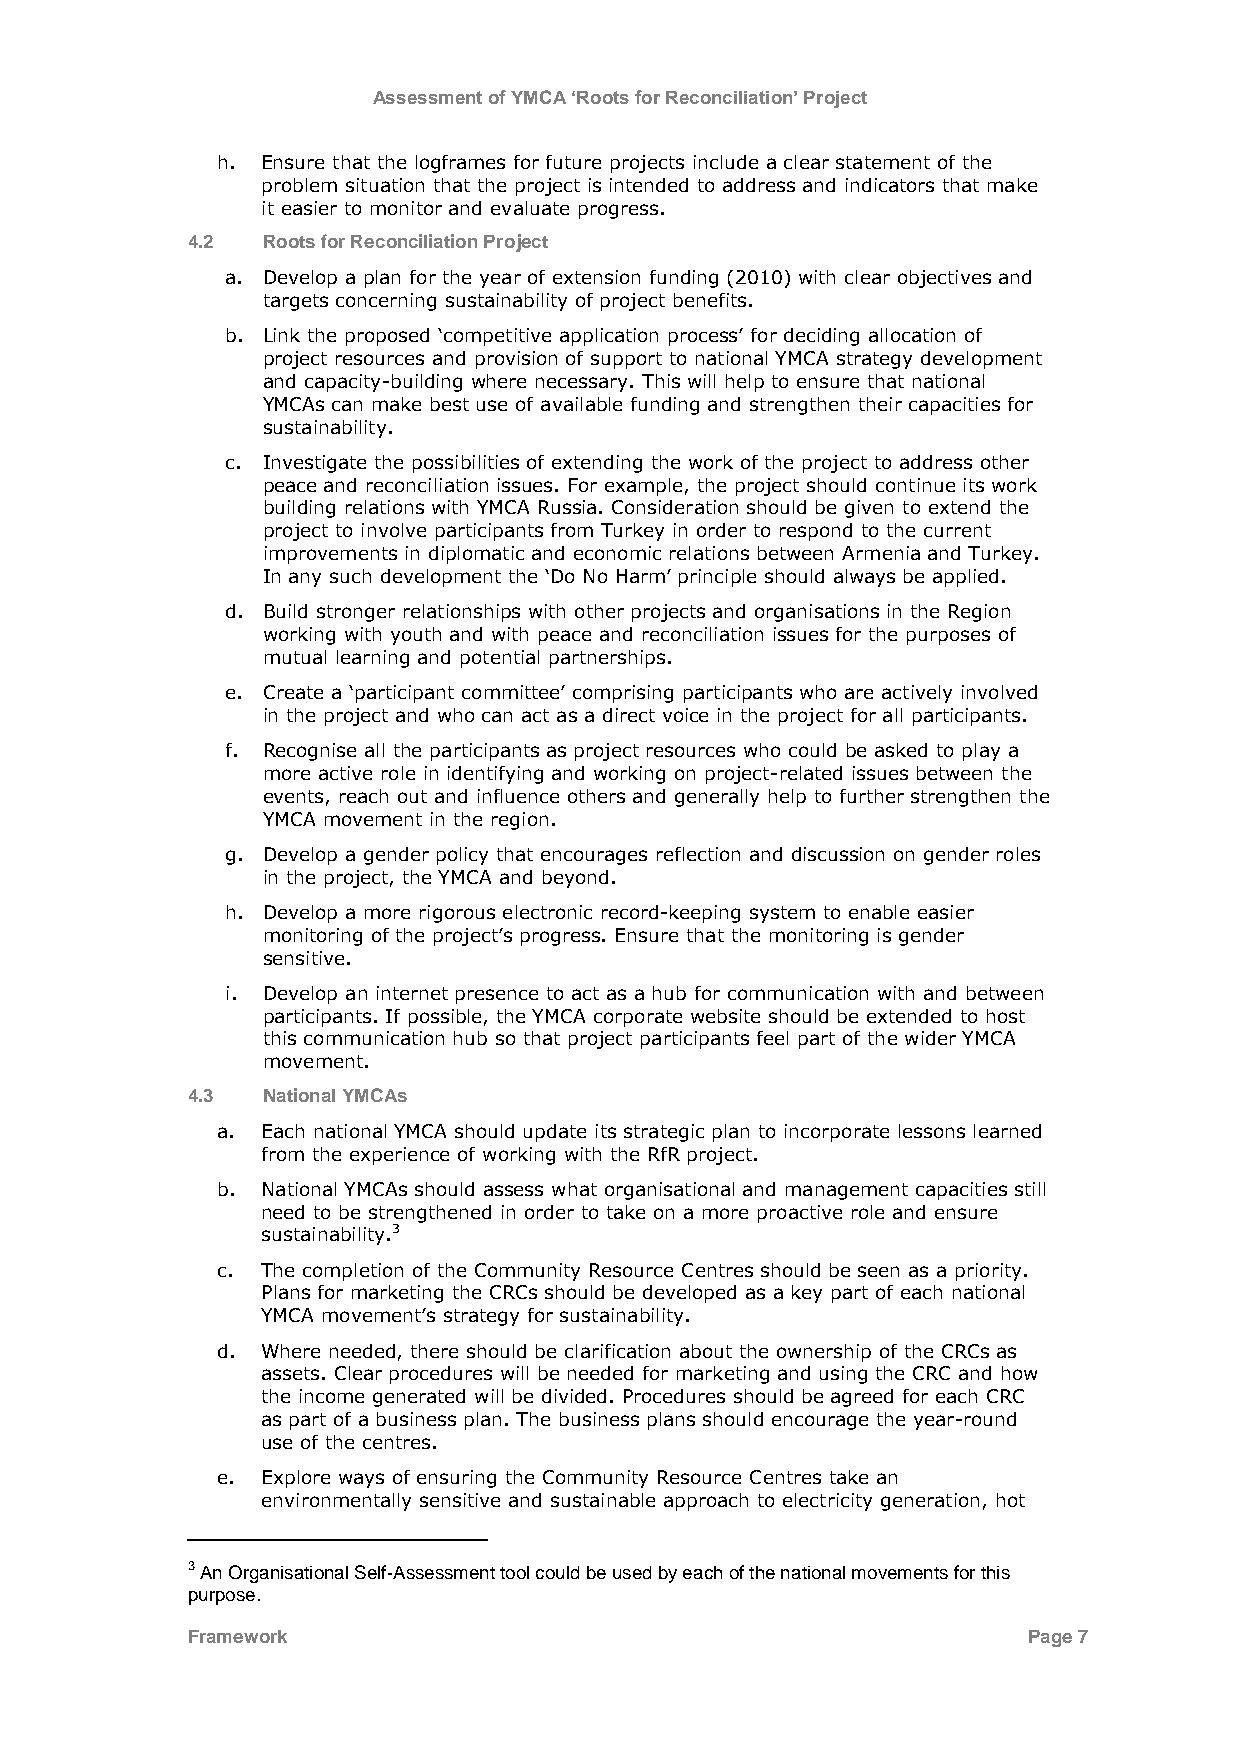
Assessment of YMCA ‘Roots for Reconciliation’ Project
 h. Ensure that the logframes for future projects include a clear statement of the
 problem situation that the project is intended to address and indicators that make
 it easier to monitor and evaluate progress.
 4.2  Roots for Reconciliation Project
 a. Develop a plan for the year of extension funding (2010) with clear objectives and
 targets concerning sustainability of project benefits.
 b. Link the proposed „competitive application process‟ for deciding allocation of
 project resources and provision of support to national YMCA strategy development
 and capacity-building where necessary. This will help to ensure that national
 YMCAs can make best use of available funding and strengthen their capacities for
 sustainability.
 c. Investigate the possibilities of extending the work of the project to address other
 peace and reconciliation issues. For example, the project should continue its work
 building relations with YMCA Russia. Consideration should be given to extend the
 project to involve participants from Turkey in order to respond to the current
 improvements in diplomatic and economic relations between Armenia and Turkey.
 In any such development the „Do No Harm‟ principle should always be applied.
 d. Build stronger relationships with other projects and organisations in the Region
 working with youth and with peace and reconciliation issues for the purposes of
 mutual learning and potential partnerships.
 e. Create a „participant committee‟ comprising participants who are actively involved
 in the project and who can act as a direct voice in the project for all participants.
 f. Recognise all the participants as project resources who could be asked to play a
 more active role in identifying and working on project-related issues between the
 events, reach out and influence others and generally help to further strengthen the
 YMCA movement in the region.
 g. Develop a gender policy that encourages reflection and discussion on gender roles
 in the project, the YMCA and beyond.
 h. Develop a more rigorous electronic record-keeping system to enable easier
 monitoring of the project‟s progress. Ensure that the monitoring is gender
 sensitive.
 i. Develop an internet presence to act as a hub for communication with and between
 participants. If possible, the YMCA corporate website should be extended to host
 this communication hub so that project participants feel part of the wider YMCA
 movement.
 4.3  National YMCAs
 a. Each national YMCA should update its strategic plan to incorporate lessons learned
 from the experience of working with the RfR project.
 b. National YMCAs should assess what organisational and management capacities still
 need to be strengthened in order to take on a more proactive role and ensure
 sustainability.3
 c. The completion of the Community Resource Centres should be seen as a priority.
 Plans for marketing the CRCs should be developed as a key part of each national
 YMCA movement‟s strategy for sustainability.
 d. Where needed, there should be clarification about the ownership of the CRCs as
 assets. Clear procedures will be needed for marketing and using the CRC and how
 the income generated will be divided. Procedures should be agreed for each CRC
 as part of a business plan. The business plans should encourage the year-round
 use of the centres.
 e. Explore ways of ensuring the Community Resource Centres take an
 environmentally sensitive and sustainable approach to electricity generation, hot
 3 An Organisational Self-Assessment tool could be used by each of the national movements for this
 purpose.
 Framework                                               Page 7